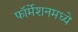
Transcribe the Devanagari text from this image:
फॉर्मेशनमध्ये